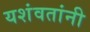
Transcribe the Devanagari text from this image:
यशंवतांनी